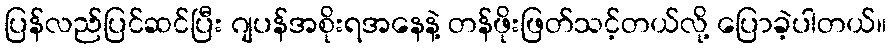
ပြန်လည်ပြင်ဆင်ပြီး ဂျပန်အစိုးရအနေနဲ့ တန်ဖိုးဖြတ်သင့်တယ်လို့ ပြောခဲ့ပါတယ်။